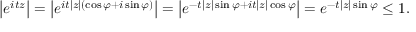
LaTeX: \left| e ^ { i t z } \right| = \left| e ^ { i t | z | ( \cos \varphi + i \sin \varphi ) } \right| = \left| e ^ { - t | z | \sin \varphi + i t | z | \cos \varphi } \right| = e ^ { - t | z | \sin \varphi } \leq 1 .